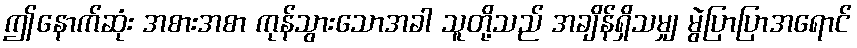
ဤနောက်ဆုံး အစားအစာ ကုန်သွားသောအခါ သူတို့သည် အချိန်ရှိသမျှ မွဲပြာပြာအရောင်